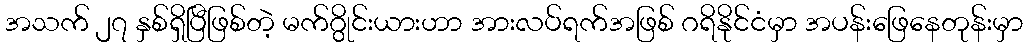
အသက် ၂၇ နှစ်ရှိပြီဖြစ်တဲ့ မက်ဂွိုင်းယားဟာ အားလပ်ရက်အဖြစ် ဂရိနိုင်ငံမှာ အပန်းဖြေနေတုန်းမှာ